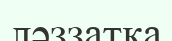
ләззатқа